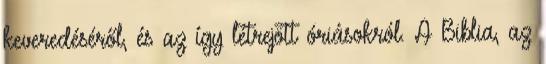
keveredéséről, és az így létrejött óriásokról. A Biblia, az